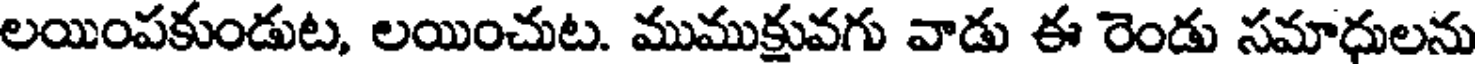
లయింపకుండుట, లయించుట. ముముక్షువగు వాడు ఈ రెండు సమాధులను